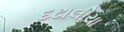
દઢાલીયા